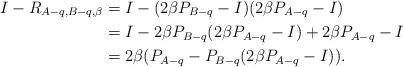
LaTeX: \begin{align*}I-R_{A-q,B-q,\beta}&=I-(2\beta P_{B-q}-I)(2\beta P_{A-q}-I)\\&=I-2\beta P_{B-q}(2\beta P_{A-q}-I)+2\beta P_{A-q}-I\\&=2\beta(P_{A-q}-P_{B-q}(2\beta P_{A-q}-I)). \end{align*}